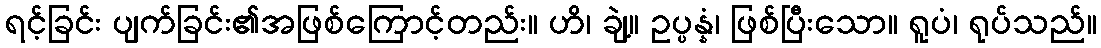
ရင့်ခြင်း ပျက်ခြင်း၏အဖြစ်ကြောင့်တည်း။ ဟိ၊ ချဲ့။ ဥပ္ပန္နံ၊ ဖြစ်ပြီးသော။ ရူပံ၊ ရုပ်သည်။